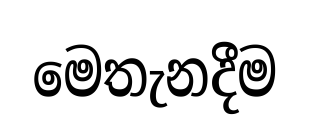
මෙතැනදීම